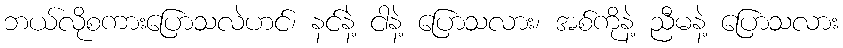
ဘယ်လိုစကားပြောသလဲဟင်၊ နင်နဲ့ ငါနဲ့ ပြောသလား၊ အစ်ကိုနဲ့ ညီမနဲ့ ပြောသလား